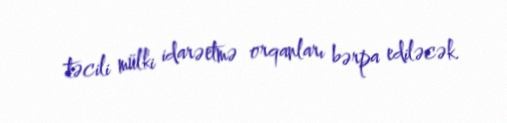
təcili mülki idarəetmə orqanları bərpa ediləcək.